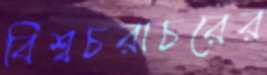
বিশ্বচরাচরের